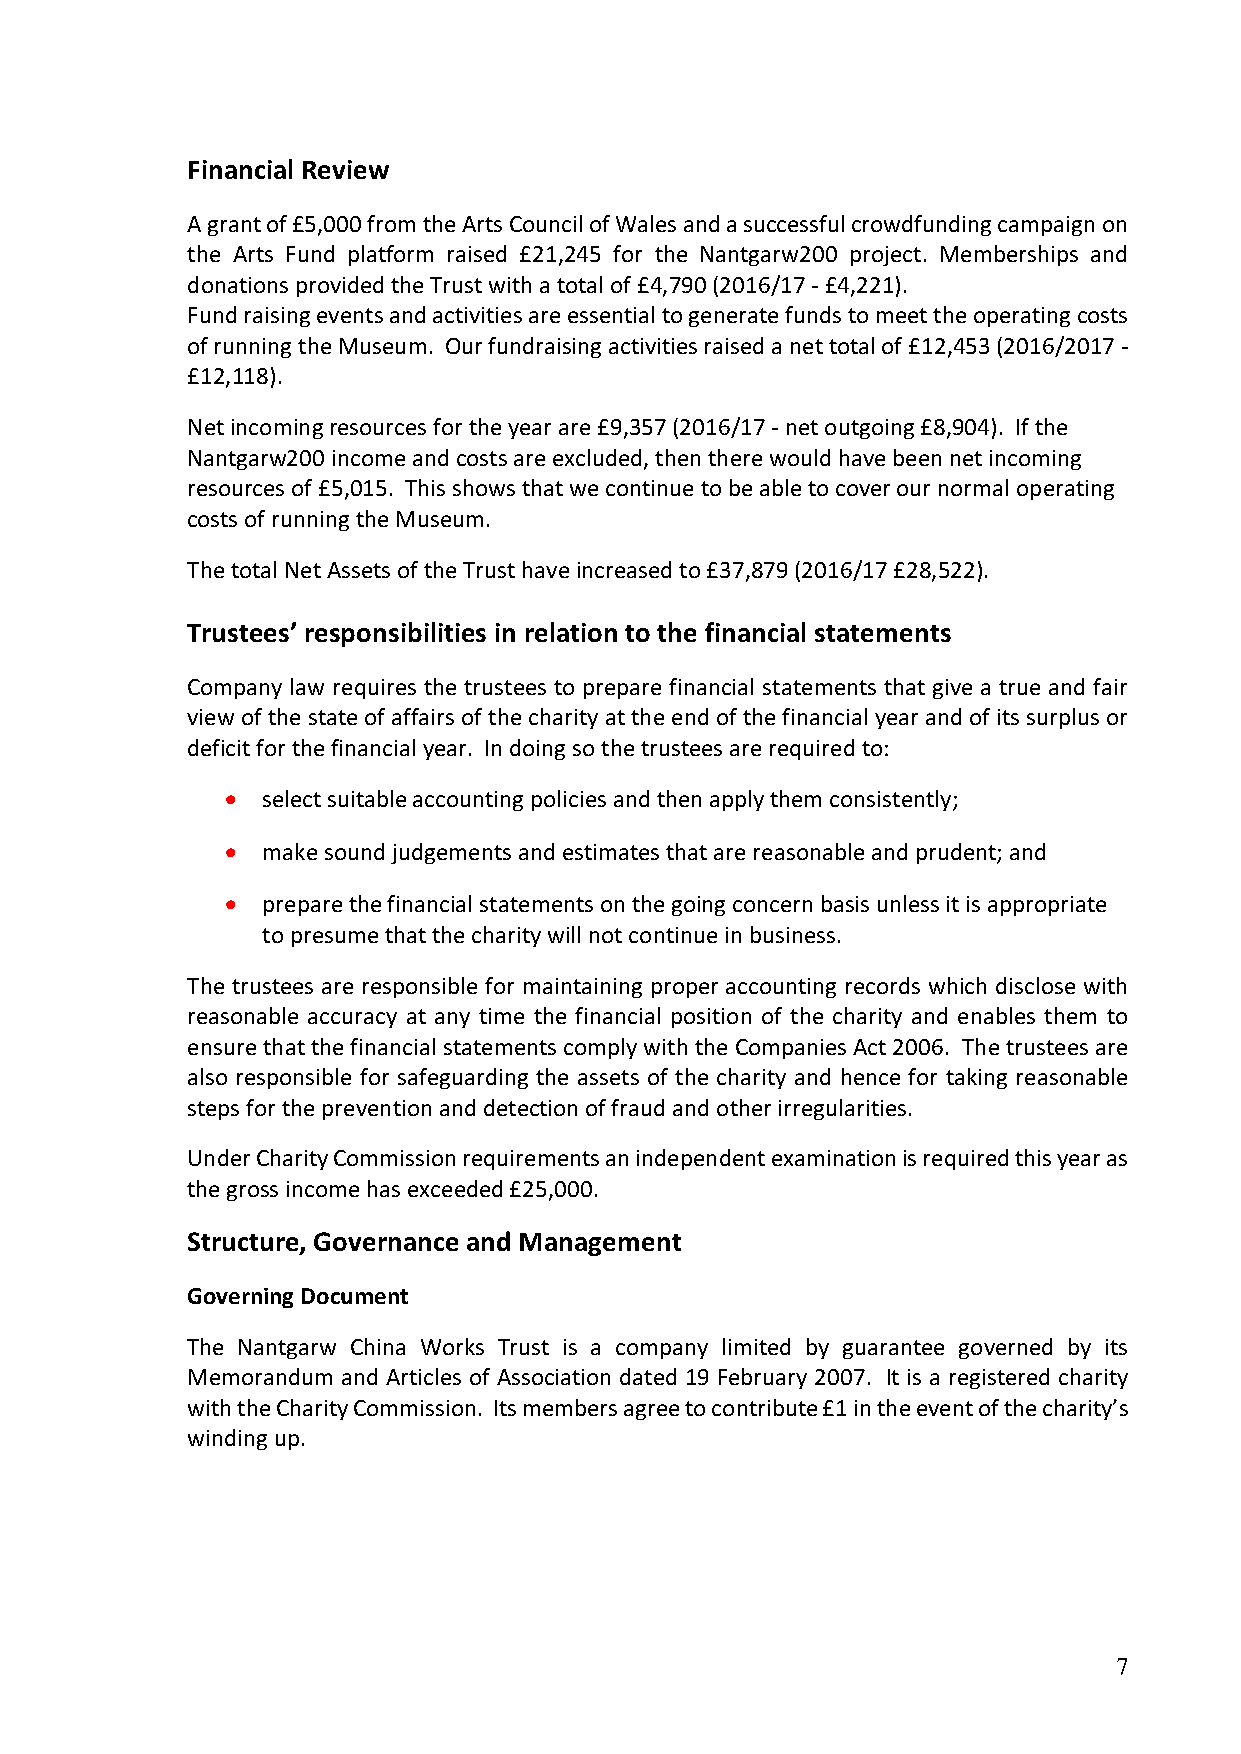
Financial Review
 A grant of £5,000 from the Arts Council of Wales and a successful crowdfunding campaign on
 the Arts Fund platform raised £21,245 for the Nantgarw200 project. Memberships and
 donations provided the Trust with a total of £4,790 (2016/17 - £4,221).
 Fund raising events and activities are essential to generate funds to meet the operating costs
 of running the Museum. Our fundraising activities raised a net total of £12,453 (2016/2017 -
 £12,118).
 Net incoming resources for the year are £9,357 (2016/17 - net outgoing £8,904). If the
 Nantgarw200 income and costs are excluded, then there would have been net incoming
 resources of £5,015. This shows that we continue to be able to cover our normal operating
 costs of running the Museum.
 The total Net Assets of the Trust have increased to £37,879 (2016/17 £28,522).
 Trustees’ responsibilities in relation to the financial statements
 Company law requires the trustees to prepare financial statements that give a true and fair
 view of the state of affairs of the charity at the end of the financial year and of its surplus or
 deficit for the financial year. In doing so the trustees are required to:
 • select suitable accounting policies and then apply them consistently;
 • make sound judgements and estimates that are reasonable and prudent; and
 • prepare the financial statements on the going concern basis unless it is appropriate
 to presume that the charity will not continue in business.
 The trustees are responsible for maintaining proper accounting records which disclose with
 reasonable accuracy at any time the financial position of the charity and enables them to
 ensure that the financial statements comply with the Companies Act 2006. The trustees are
 also responsible for safeguarding the assets of the charity and hence for taking reasonable
 steps for the prevention and detection of fraud and other irregularities.
 Under Charity Commission requirements an independent examination is required this year as
 the gross income has exceeded £25,000.
 Structure, Governance and Management
 Governing Document
 The Nantgarw China Works Trust is a company limited by guarantee governed by its
 Memorandum and Articles of Association dated 19 February 2007. It is a registered charity
 with the Charity Commission. Its members agree to contribute £1 in the event of the charity’s
 winding up.
 7